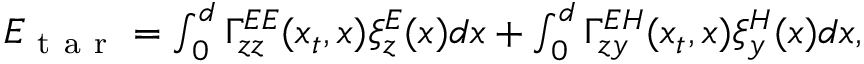
\begin{array} { r } { E _ { \mathrm { ~ t ~ a ~ r ~ } } = \int _ { 0 } ^ { d } \Gamma _ { z z } ^ { E E } ( x _ { t } , x ) \xi _ { z } ^ { E } ( x ) d x + \int _ { 0 } ^ { d } \Gamma _ { z y } ^ { E H } ( x _ { t } , x ) \xi _ { y } ^ { H } ( x ) d x , } \end{array}